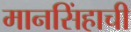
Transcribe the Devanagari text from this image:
मानसिंहाची